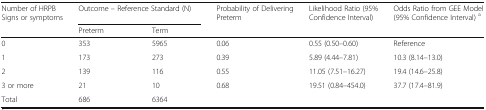
<table><thead><tr><td rowspan="2"><b>Number of HRPB Signs or symptoms</b></td><td colspan="2"><b>Outcome – Reference Standard (N)</b></td><td><b>Probability of Delivering Preterm</b></td><td><b>Likelihood Ratio (95% Confidence Interval)</b></td><td><b>Odds Ratio from GEE Model (95% Confidence Interval) <sup>a</sup></b></td></tr><tr><td><b>Preterm</b></td><td><b>Term</b></td><td>[EMPTY_CELL]</td><td>[EMPTY_CELL]</td><td>[EMPTY_CELL]</td></tr></thead><tbody><tr><td>0</td><td>353</td><td>5965</td><td>0.06</td><td>0.55 (0.50–0.60)</td><td>Reference</td></tr><tr><td>1</td><td>173</td><td>273</td><td>0.39</td><td>5.89 (4.44–7.81)</td><td>10.3 (8.14–13.0)</td></tr><tr><td>2</td><td>139</td><td>116</td><td>0.55</td><td>11.05 (7.51–16.27)</td><td>19.4 (14.6–25.8)</td></tr><tr><td>3 or more</td><td>21</td><td>10</td><td>0.68</td><td>19.51 (0.84–454.0)</td><td>37.7 (17.4–81.9)</td></tr><tr><td>Total</td><td>686</td><td>6364</td><td>[EMPTY_CELL]</td><td>[EMPTY_CELL]</td><td>[EMPTY_CELL]</td></tr></tbody></table>